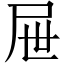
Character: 屉